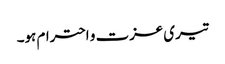
تیری عزت و احترام ہو۔